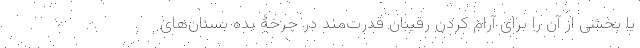
یا بخشی از آن را برای آرام کردن رقیبان قدرت‌مند در چرخۀ بده بستان‌های